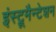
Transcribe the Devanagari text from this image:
इंस्ट्रूमैन्टेशन